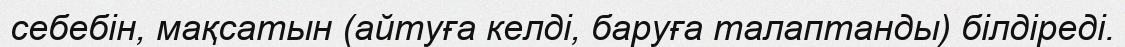
себебін, мақсатын (айтуға келді, баруға талаптанды) білдіреді.